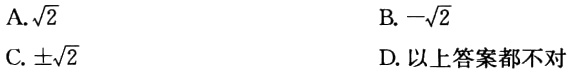
A.$\sqrt{2}$

B.$-\sqrt{2}$

C.$\pm\sqrt{2}$

D.以上答案都不对